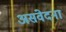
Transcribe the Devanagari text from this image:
असंवेदना